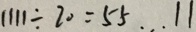
1 1 1 1 \div 2 0 = 5 5 \cdots 1 1